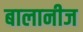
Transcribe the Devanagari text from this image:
बालानीज